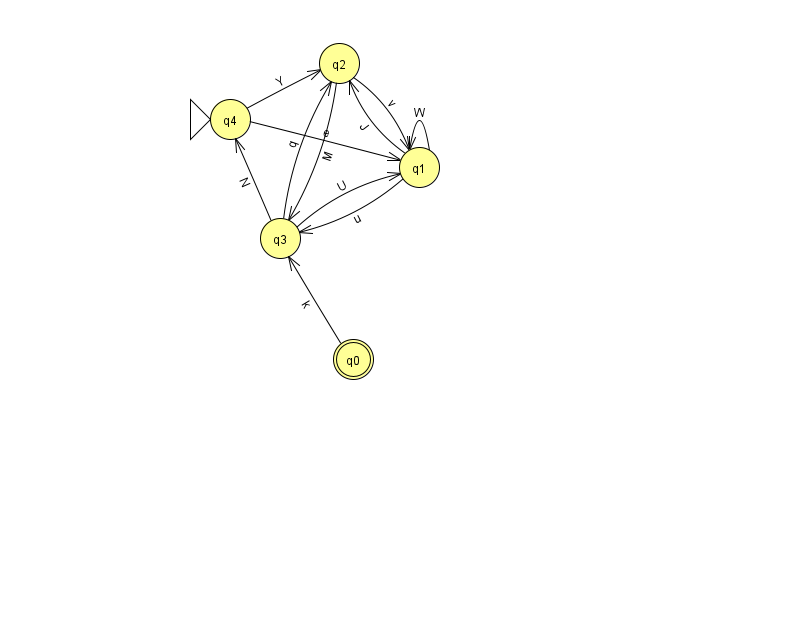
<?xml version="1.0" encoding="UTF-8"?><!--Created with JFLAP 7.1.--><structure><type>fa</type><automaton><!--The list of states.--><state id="0" name="q0"><x>353.0</x><y>346.0</y><final/></state><state id="1" name="q1"><x>419.0</x><y>154.0</y></state><state id="2" name="q2"><x>339.0</x><y>50.0</y></state><state id="3" name="q3"><x>280.0</x><y>225.0</y></state><state id="4" name="q4"><x>230.0</x><y>106.0</y><initial/></state><!--The list of transitions.--><transition><from>2</from><to>1</to><read>v</read></transition><transition><from>3</from><to>2</to><read>q</read></transition><transition><from>4</from><to>1</to><read>e</read></transition><transition><from>1</from><to>3</to><read>u</read></transition><transition><from>3</from><to>1</to><read>U</read></transition><transition><from>0</from><to>3</to><read>k</read></transition><transition><from>1</from><to>1</to><read>W</read></transition><transition><from>4</from><to>2</to><read>Y</read></transition><transition><from>1</from><to>2</to><read>J</read></transition><transition><from>2</from><to>3</to><read>M</read></transition><transition><from>3</from><to>4</to><read>N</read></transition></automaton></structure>